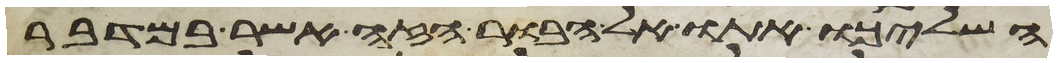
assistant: השליכו אתו אל הבור הזה אשר במדבר